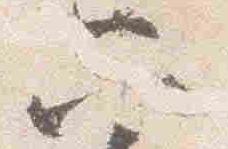
六